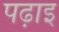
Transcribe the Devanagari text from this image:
पढ़ाइ